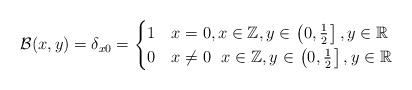
LaTeX: \begin{align*}\mathcal{B}(x,y)=\delta_{x0}={\begin{cases} 1&{}x =0, x\in \mathbb{Z}, y \in \left.\left(0,\frac{1}{2}\right.\right], y \in \mathbb{R} \\ 0 &{}x\ne 0 \ \ x\in \mathbb{Z}, y \in \left.\left(0,\frac{1}{2}\right.\right], y \in \mathbb{R} \end{cases}} \end{align*}